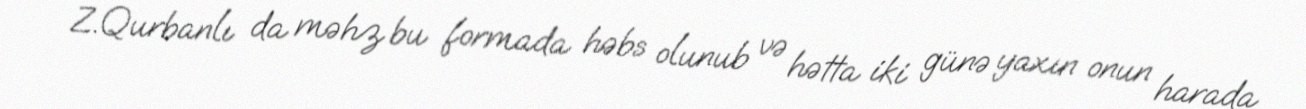
Z.Qurbanlı da məhz bu formada həbs olunub və hətta iki günə yaxın onun harada